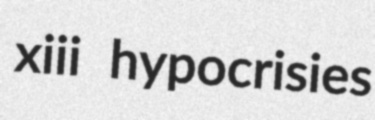
xiii hypocrisies